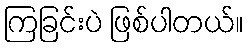
ကြခြင်းပဲ ဖြစ်ပါတယ်။